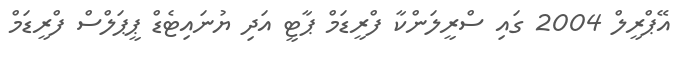
އޭޕްރީލް 2004 ގައި ސްރީލަންކާ ފްރީޑަމް ޕާޓީ އަދި ޔުނައިޓެޑް ޕީޕަލްސް ފްރީޑަމް